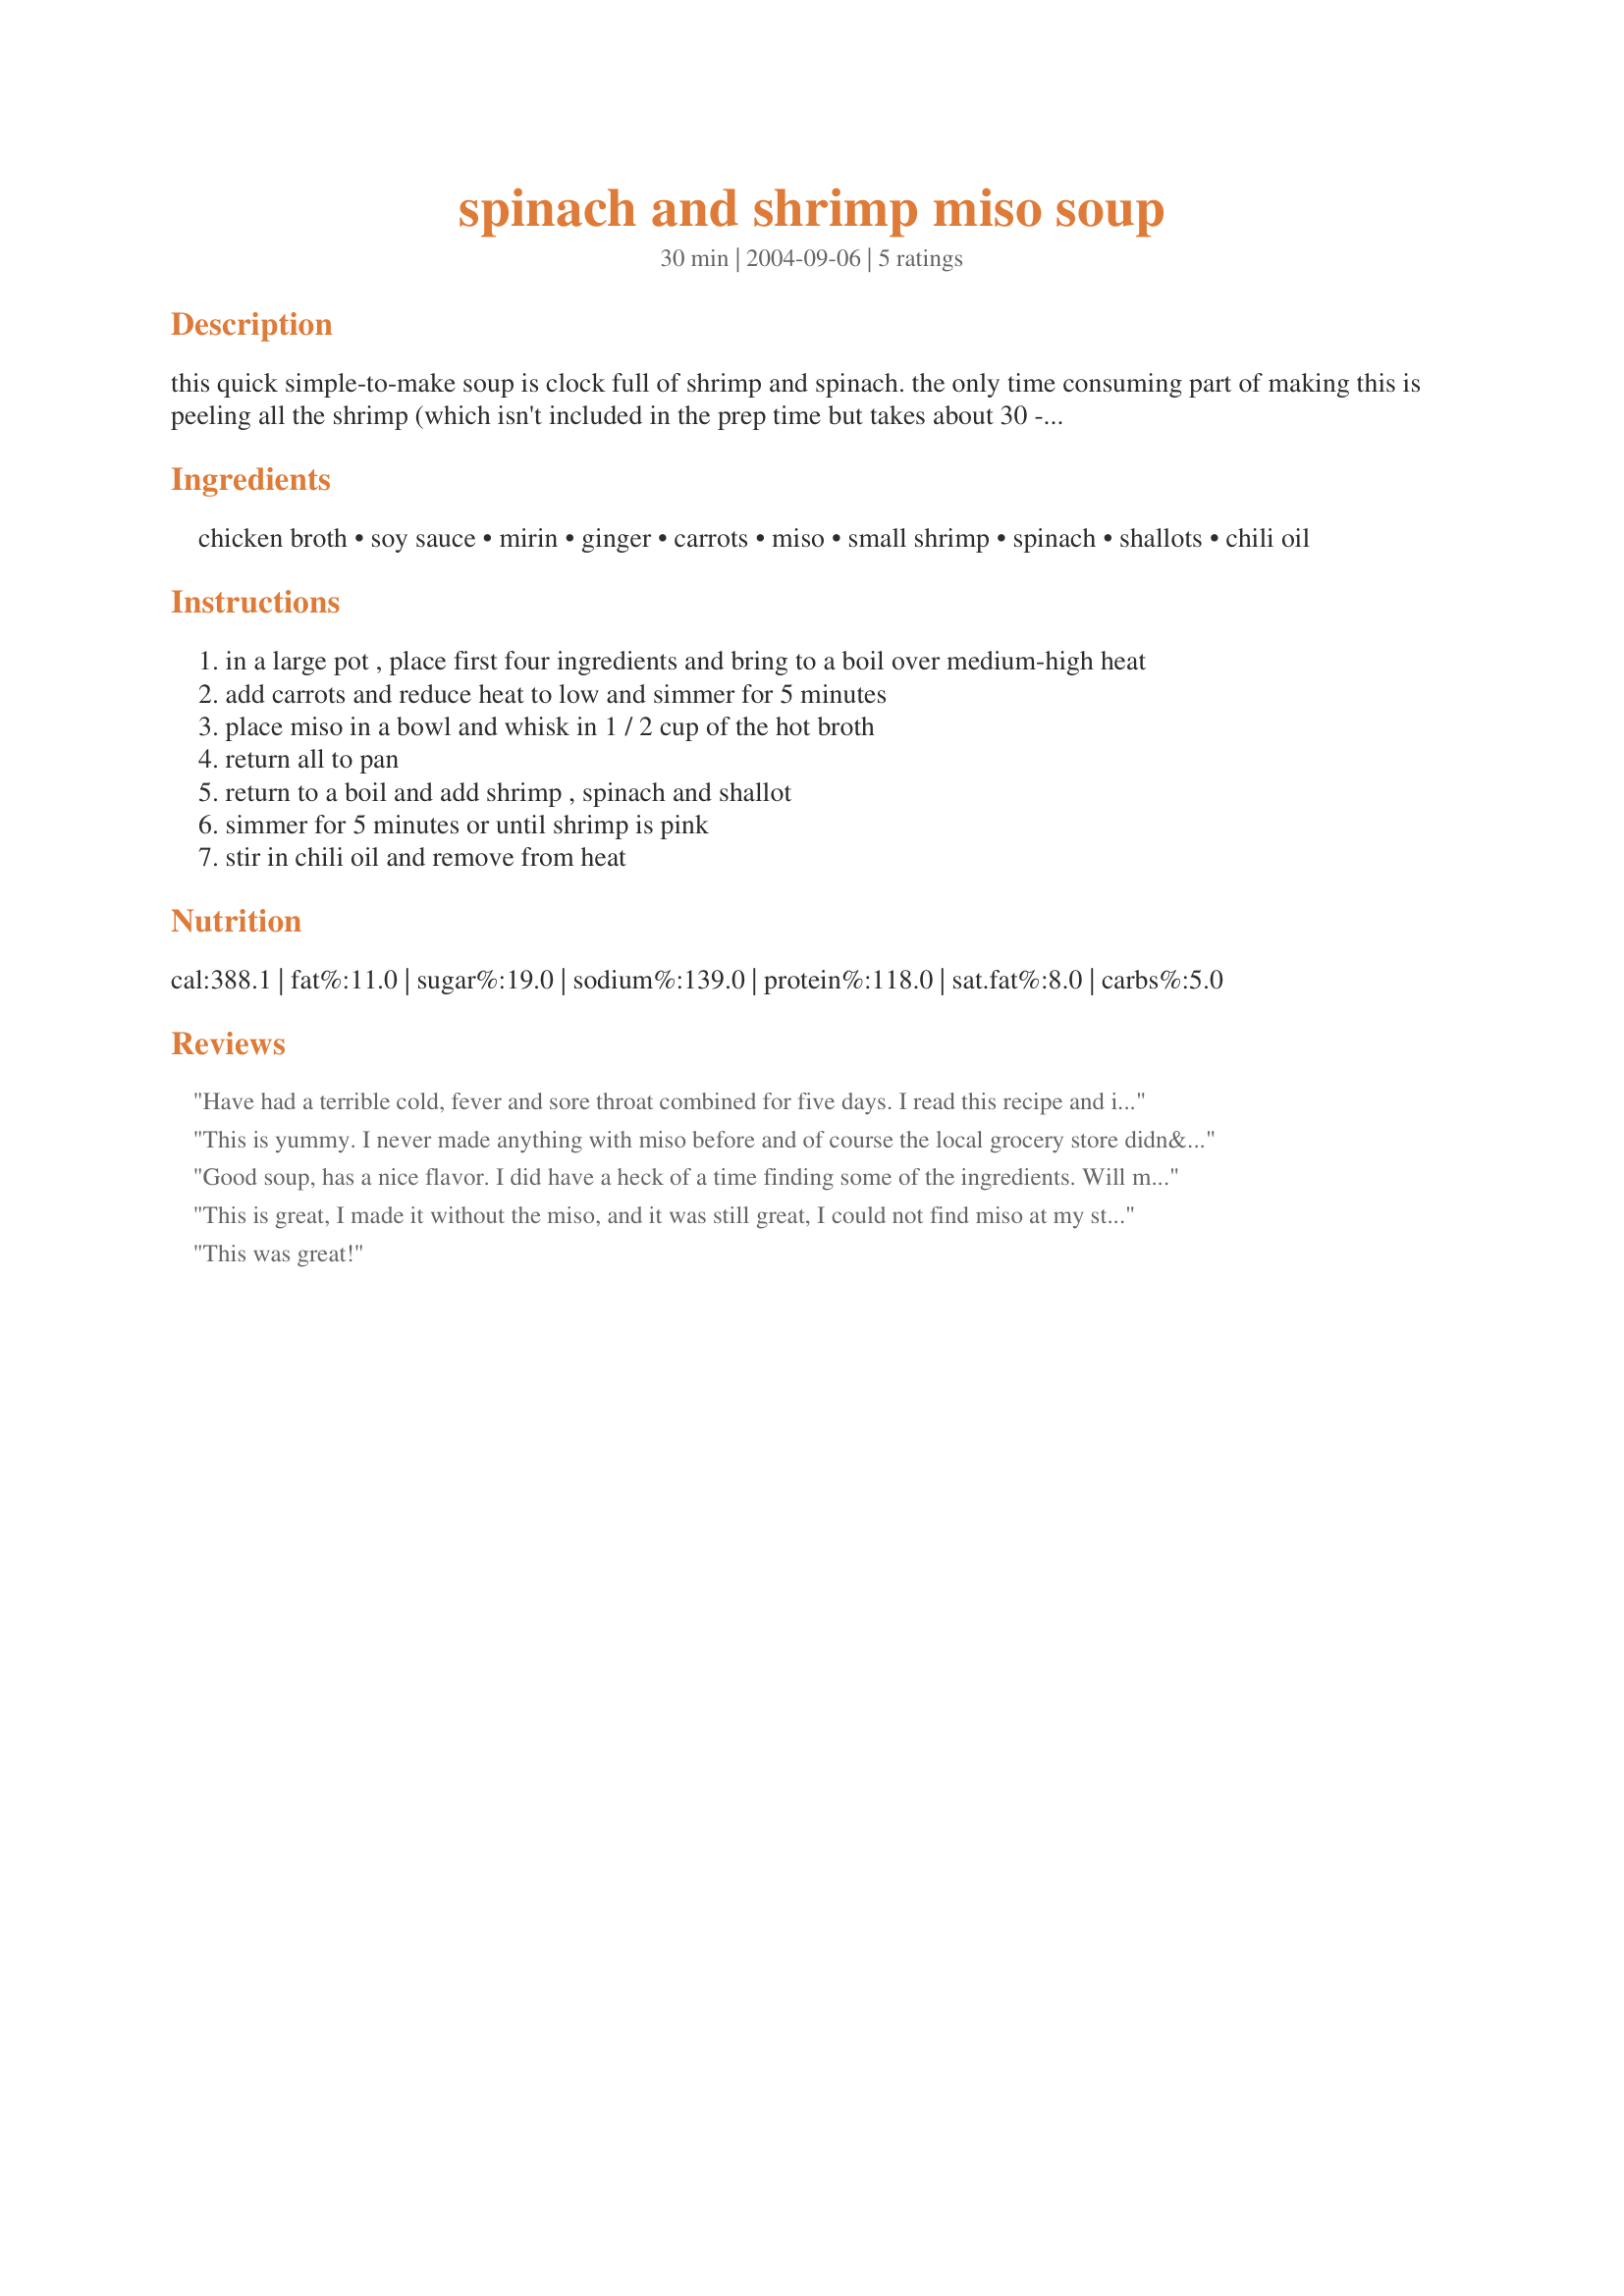
spinach and shrimp miso soup
Preparation time: 30 minutes

this quick simple-to-make soup is clock full of shrimp and spinach. the only time consuming part of making this is peeling all the shrimp (which isn't included in the prep time but takes about 30 - 45 minutes). recipe adapted from bon appetit (september 2004)

Ingredients:
chicken broth, soy sauce, mirin, ginger, carrots, miso, small shrimp, spinach, shallots, chili oil

Steps:
in a large pot , place first four ingredients and bring to a boil over medium-high heat
add carrots and reduce heat to low and simmer for 5 minutes
place miso in a bowl and whisk in 1 / 2 cup of the hot broth
return all to pan
return to a boil and add shrimp , spinach and shallot
simmer for 5 minutes or until shrimp is pink
stir in chili oil and remove from heat

Reviews:
Have had a terrible cold, fever and sore throat combined for five days. I read this recipe and it sounded so good that I just had to make it up! I did add 3 cloves garlic, lotus roots and pea pods from the garden. This was fantastic. It soothed the throat, real comfort food. Thanks for posting this recipe. I will be making this on a regular basis!
This is yummy. I never made anything with miso before and of course the local grocery store didn&#039;t have any. When I looked for substitutes, nothing sounded like a very good substitution. I decided I needed to find the real thing. Interesting stuff. Reminded me of vegemite. I only used one pound of shrimp because it&#039;s so expensive and could only find the really little ones already cooked so added at the end and heated through.
Good soup, has a nice flavor. I did have a heck of a time finding some of the ingredients. Will make again.
This is great, I made it without the miso, and it was still great, I could not find miso at my store. I'm going to look for it and try again
This was great!
